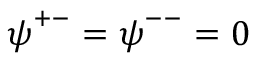
\ensuremath { \boldsymbol { \psi } } ^ { + - } = \ensuremath { \boldsymbol { \psi } } ^ { -- } = 0